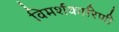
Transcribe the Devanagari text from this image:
विमर्शकारिणी